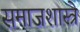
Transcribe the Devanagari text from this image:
समाजशास्त्रे